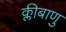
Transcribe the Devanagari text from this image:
क्लीबाणु